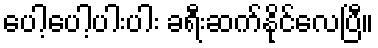
ပေါ့ပေါ့ပါးပါး ခရီးဆက်နိုင်လေပြီ။